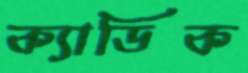
ক্যাডিক